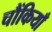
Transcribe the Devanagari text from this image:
चौंकियाँ